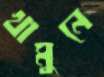
খামুনে